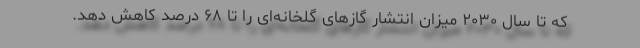
که تا سال ۲۰۳۰ میزان انتشار گازهای گلخانه‌ای را تا ۶۸ درصد کاهش دهد.